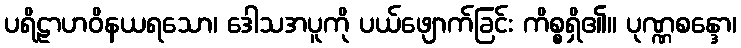
ပရိဠာဟဝိနယရသော၊ ဒေါသအပူကို ပယ်ဖျောက်ခြင်း ကိစ္စရှိ၏။ ပုဏ္ဏစန္ဒော၊